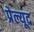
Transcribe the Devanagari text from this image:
प्रेल्यूद